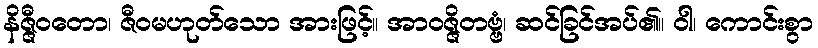
နိဇ္ဇီဝတော၊ ဇီဝမဟုတ်သော အားဖြင့်။ အာဝဇ္ဇိတဗ္ဗံ၊ ဆင်ခြင်အပ်၏။ ဝါ၊ ကောင်းစွာ